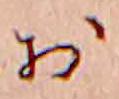
お